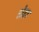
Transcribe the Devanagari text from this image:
होहा